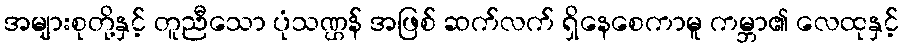
အများစုတို့နှင့် တူညီသော ပုံသဏ္ဌန် အဖြစ် ဆက်လက် ရှိနေစေကာမူ ကမ္ဘာ၏ လေထုနှင့်